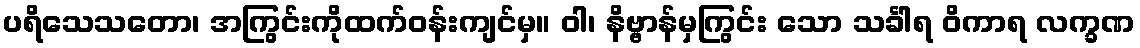
ပရိသေသတော၊ အကြွင်းကိုထက်ဝန်းကျင်မှ။ ဝါ၊ နိဗ္ဗာန်မှကြွင်း သော သင်္ခါရ ဝိကာရ လက္ခဏ